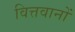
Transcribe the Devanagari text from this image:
वित्तवानों